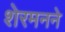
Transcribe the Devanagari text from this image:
शेरमनने